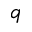
q